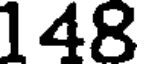
148